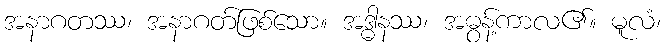
အနာဂတဿ၊ အနာဂတ်ဖြစ်သော။ အဒ္ဓါနဿ၊ အဓွန့်ကာလ၏။ မူလံ၊